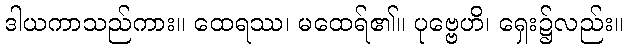
ဒါယကာသည်ကား။ ထေရဿ၊ မထေရ်၏။ ပုဗ္ဗေဟိ၊ ရှေး၌လည်း။